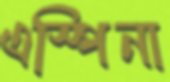
এস্পিনা